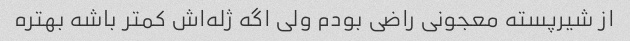
از شیرپسته معجونی راضی بودم ولی اگه ژله‌اش کمتر باشه بهتره